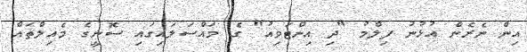
އިން ނެރެން އުޅުނު ފިލްމު "ދި އިންޓަވިއު" ގެ މައްސަލައިގައި ސޮނީގެ މެއިލްތައް